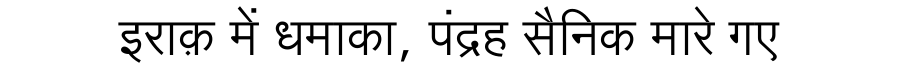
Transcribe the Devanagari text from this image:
इराक़ में धमाका, पंद्रह सैनिक मारे गए